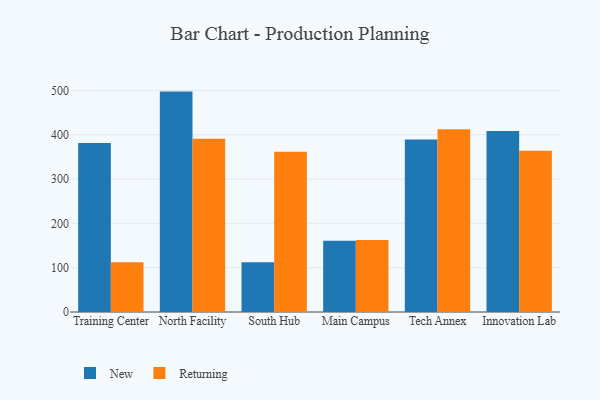
{"axis": {"x": "Campus", "y": "Budget (USD K)"}, "legend": ["New", "Returning"], "data": [{"x": "Training Center", "y": 381.3, "type": "New"}, {"x": "Training Center", "y": 112.5, "type": "Returning"}, {"x": "North Facility", "y": 497.4, "type": "New"}, {"x": "North Facility", "y": 391.2, "type": "Returning"}, {"x": "South Hub", "y": 112.3, "type": "New"}, {"x": "South Hub", "y": 361.5, "type": "Returning"}, {"x": "Main Campus", "y": 160.7, "type": "New"}, {"x": "Main Campus", "y": 162.4, "type": "Returning"}, {"x": "Tech Annex", "y": 389.2, "type": "New"}, {"x": "Tech Annex", "y": 412.7, "type": "Returning"}, {"x": "Innovation Lab", "y": 408.4, "type": "New"}, {"x": "Innovation Lab", "y": 364.1, "type": "Returning"}]}